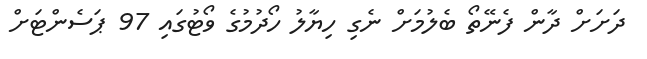
ދަށަށް ދާން ފެނޭތޯ ބެލުމަށް ނެގި ހިޔާލު ހޯދުމުގެ ވޯޓުގައި 97 ޕަސެންޓަށް